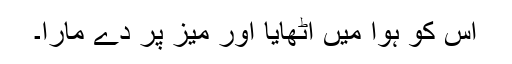
اس کو ہوا میں اٹھایا اور میز پر دے مارا۔